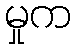
မှုက